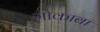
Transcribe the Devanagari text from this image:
मोकाबा